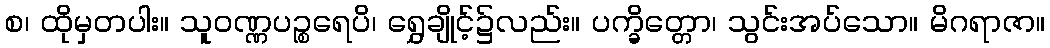
စ၊ ထိုမှတပါး။ သူဝဏ္ဏပဉ္စရေပိ၊ ရွှေချိုင့်၌လည်း။ ပက္ခိတ္တော၊ သွင်းအပ်သော။ မိဂရာဇာ။